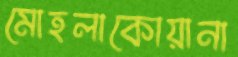
মোহলাকোয়ানা